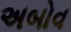
અબોવ